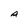
Character: A